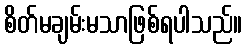
စိတ်မချမ်းမသာဖြစ်ရပါသည်။